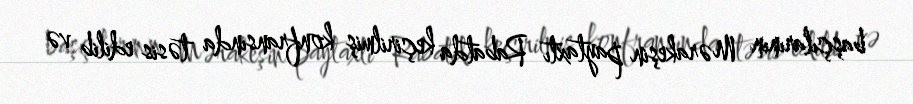
başçılarının Mərakeşin paytaxtı Rabatda keçirilmiş konfransında təsis edilib və